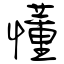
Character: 懂